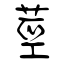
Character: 莖